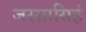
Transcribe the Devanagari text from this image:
जस्सासिहं